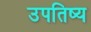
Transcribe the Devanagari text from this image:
उपतिष्य